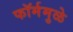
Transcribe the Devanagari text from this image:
फॉर्ममुळे